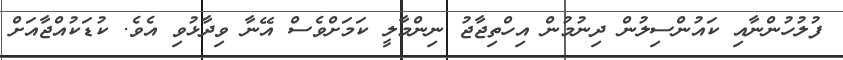
ފުލުހުންނާއި ކައުންސިލުން ދިނުމުން އިހްތިޖާޖު ނިންމާލީ ކަމަށްވެސް އޭނާ ވިދާޅުވި އެވެ. ކުޑަކުއްޖާއަށް